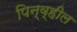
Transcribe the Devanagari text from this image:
पिन्व्हील